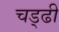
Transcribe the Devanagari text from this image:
चड्ढी